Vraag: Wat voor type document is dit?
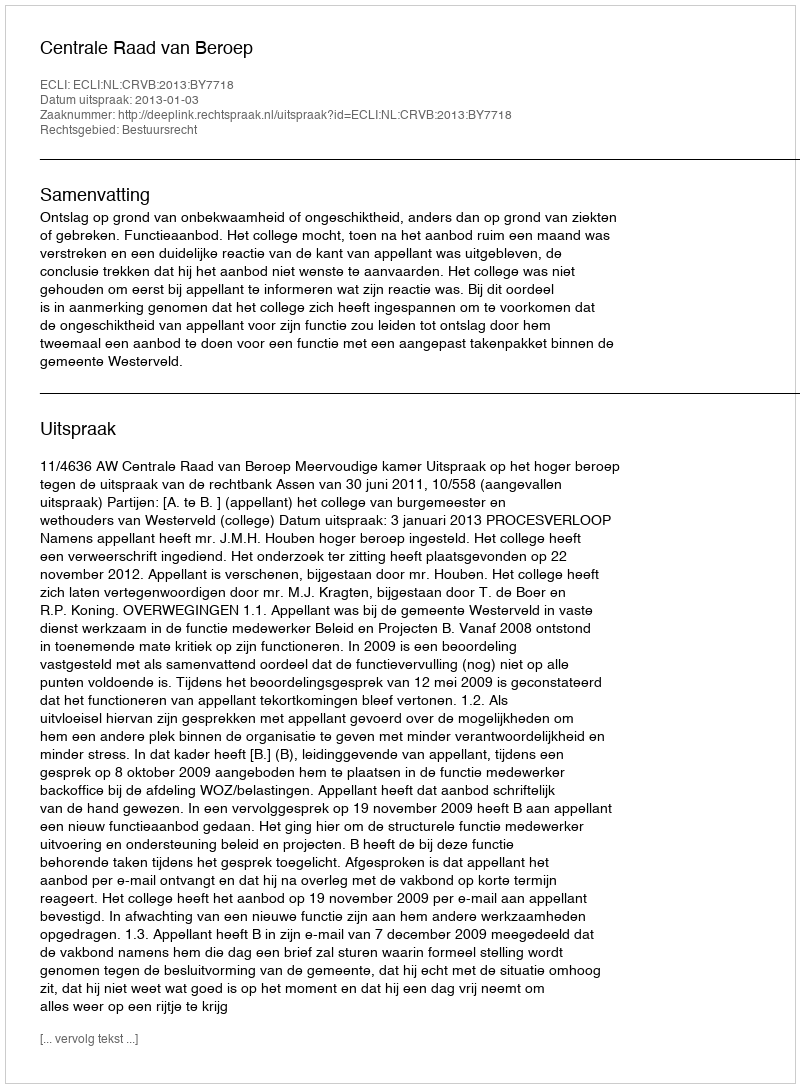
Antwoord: Uitspraak